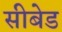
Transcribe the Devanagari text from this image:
सीबेड